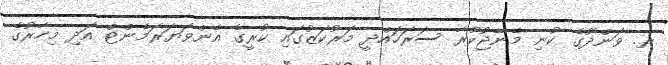
ރ. ވަންދޫގެ ކުނި މެނޭޖުކުރާ ސަރަހައްދީ މަރުކަޒުގައި ކުރީގެ އެންވަޔަރަމެންޓް އަދި މިހާރުގެ